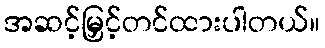
အဆင့်မြှင့်တင်ထားပါတယ်။